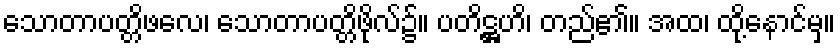
သောတာပတ္တိဖလေ၊ သောတာပတ္တိဖိုလ်၌။ ပတိဋ္ဌဟိ၊ တည်၏။ အထ၊ ထို့နောင်မှ။